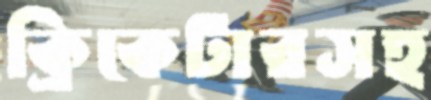
ক্রিকেটারসহ